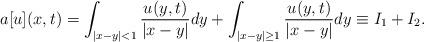
LaTeX: \begin{align*}a[u](x,t) = \int_{|x-y|<1}\frac{u(y,t)}{|x-y|}dy + \int_{|x-y|\geq 1}\frac{u(y,t)}{|x-y|}dy \equiv I_1 + I_2 .\end{align*}